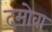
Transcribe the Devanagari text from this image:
दमोवा